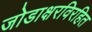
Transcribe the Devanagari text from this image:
जोडाक्षरविरहित